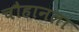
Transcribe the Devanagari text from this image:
चौहानला